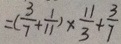
= ( \frac { 3 } { 7 } + \frac { 1 } { 1 1 } ) \times \frac { 1 1 } { 3 } + \frac { 3 } { 7 }